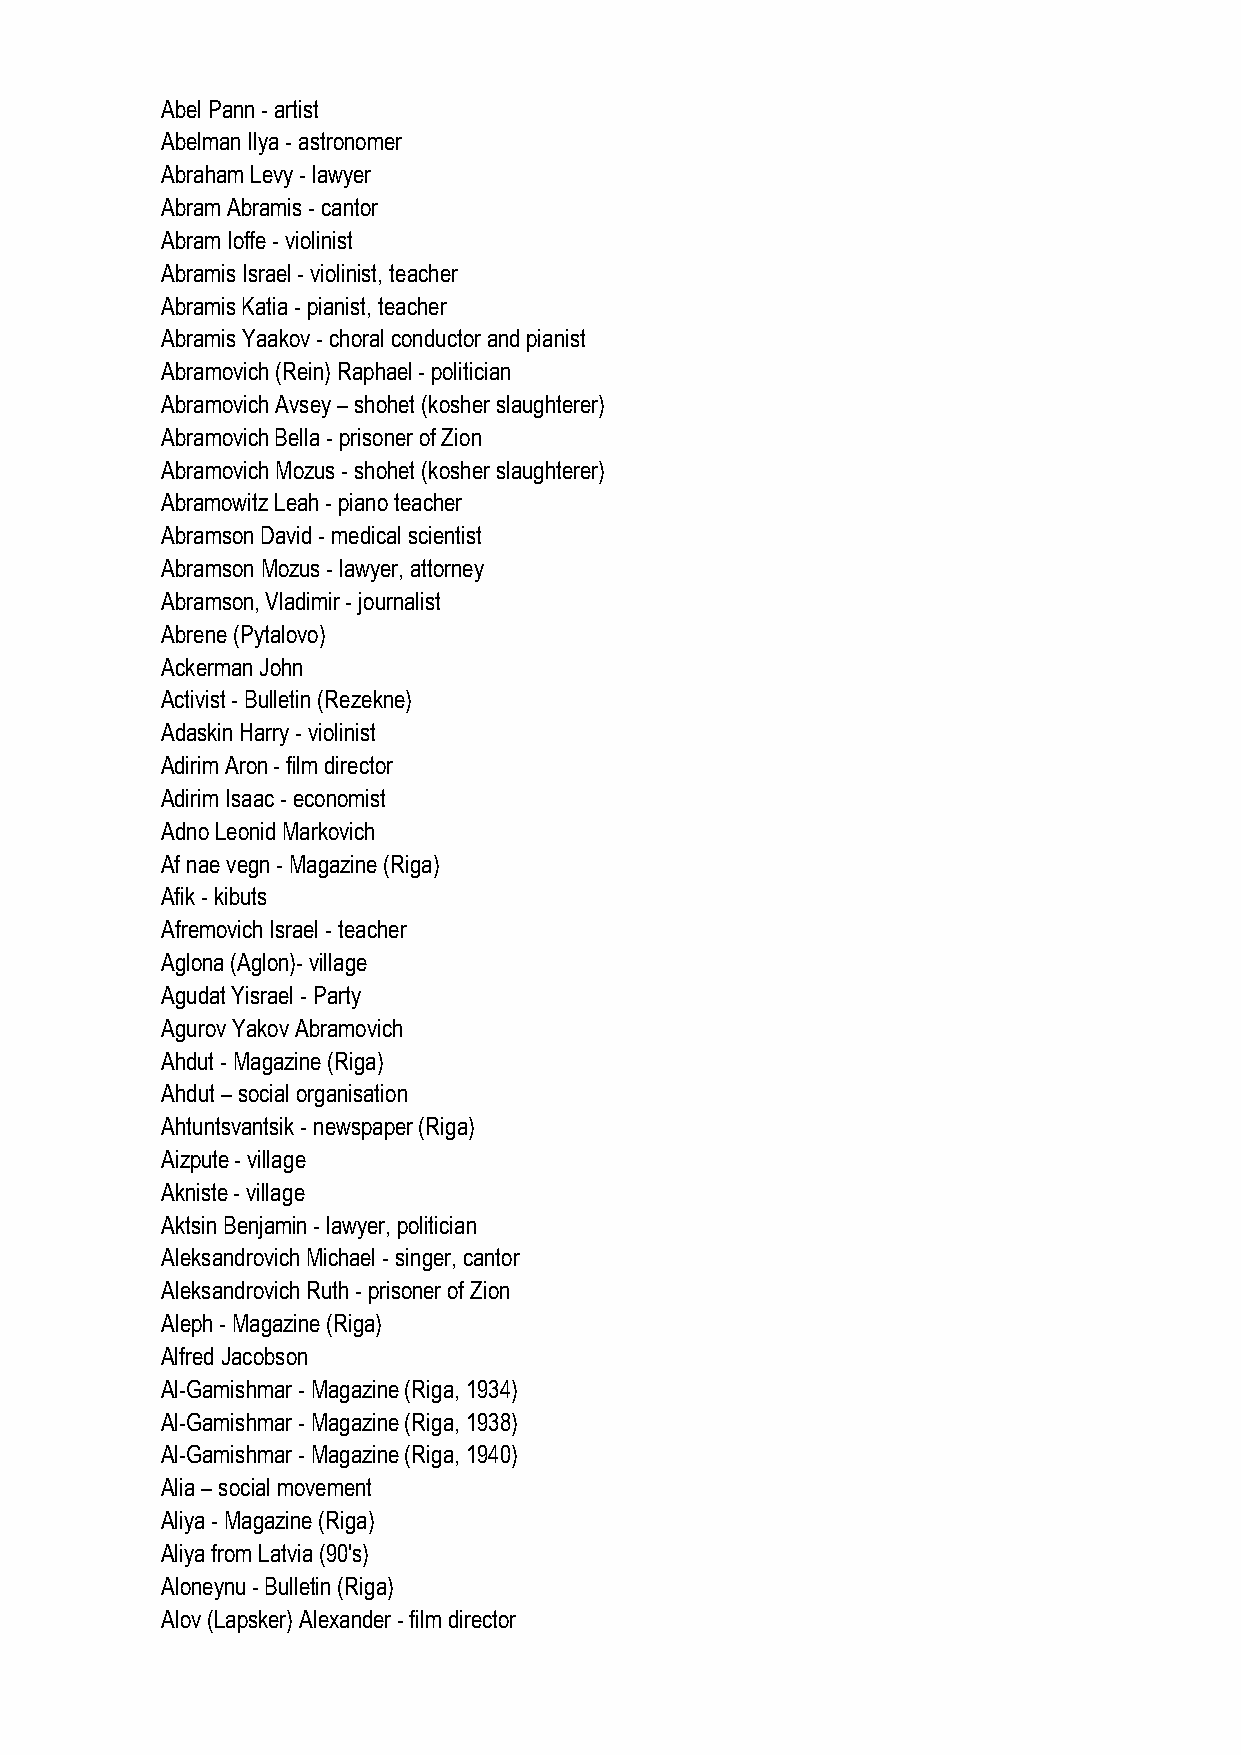
Abel Pann - artist
 Abelman Ilya - astronomer
 Abraham Levy - lawyer
 Abram Abramis - cantor
 Abram Ioffe - violinist
 Abramis Israel - violinist, teacher
 Abramis Katia - pianist, teacher
 Abramis Yaakov - choral conductor and pianist
 Abramovich (Rein) Raphael - politician
 Abramovich Avsey – shohet (kosher slaughterer)
 Abramovich Bella - prisoner of Zion
 Abramovich Mozus - shohet (kosher slaughterer)
 Abramowitz Leah - piano teacher
 Abramson David - medical scientist
 Abramson Mozus - lawyer, attorney
 Abramson, Vladimir - journalist
 Abrene (Pytalovo)
 Ackerman John
 Activist - Bulletin (Rezekne)
 Adaskin Harry - violinist
 Adirim Aron - film director
 Adirim Isaac - economist
 Adno Leonid Markovich
 Af nae vegn - Magazine (Riga)
 Afik - kibuts
 Afremovich Israel - teacher
 Aglona (Aglon)- village
 Agudat Yisrael - Party
 Agurov Yakov Abramovich
 Ahdut - Magazine (Riga)
 Ahdut – social organisation
 Ahtuntsvantsik - newspaper (Riga)
 Aizpute - village
 Akniste - village
 Aktsin Benjamin - lawyer, politician
 Aleksandrovich Michael - singer, cantor
 Aleksandrovich Ruth - prisoner of Zion
 Aleph - Magazine (Riga)
 Alfred Jacobson
 Al-Gamishmar - Magazine (Riga, 1934)
 Al-Gamishmar - Magazine (Riga, 1938)
 Al-Gamishmar - Magazine (Riga, 1940)
 Alia – social movement
 Aliya - Magazine (Riga)
 Aliya from Latvia (90's)
 Aloneynu - Bulletin (Riga)
 Alov (Lapsker) Alexander - film director